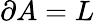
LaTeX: \partial A=L